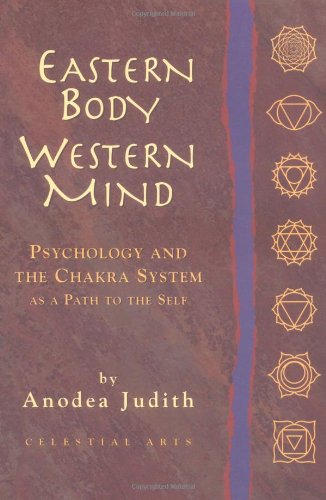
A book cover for Eastern Body, Western Mind: Psychology and the Chakra System as a Path to the Self; Judith Anodea; Religion & Spirituality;